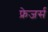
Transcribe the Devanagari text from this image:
फ्रेजर्स